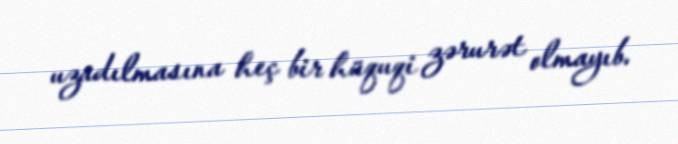
uzadılmasına heç bir hüquqi zərurət olmayıb.